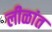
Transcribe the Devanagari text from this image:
लीळांत